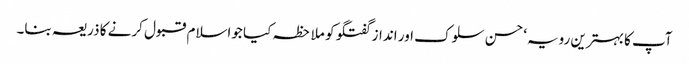
آپ کا بہترین رویہ‘ حسن سلوک اور انداز گفتگو کو ملاحظہ کیا جواسلام قبول کرنے کا ذریعہ بنا۔